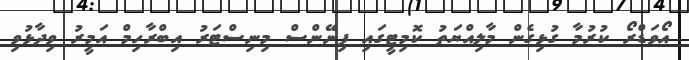
އޯވަޑްރޯ ކުރުމާ ގުޅިގެން މާލިއްޔަތު ކޮމިޓީގައި ފިނޭންސް މިނިސްޓަރު އިބްރާހިމް އަމީރު ވިދާޅުވި